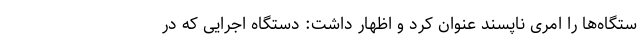
ستگاه‌ها را امری ناپسند عنوان کرد و اظهار داشت: دستگاه اجرایی که در